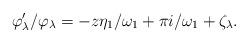
LaTeX: \begin{align*}\varphi_\lambda'/\varphi_\lambda = -z\eta_1/\omega_1 + \pi i/\omega_1 + \zeta_\lambda.\end{align*}